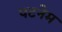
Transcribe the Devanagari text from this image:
पटनेम